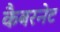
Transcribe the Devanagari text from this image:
कैबरनेट